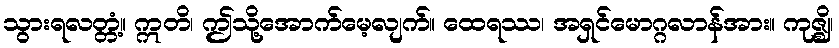
သွားရလတ္တံ့။ ဣတိ၊ ဤသို့အောက်မေ့လျက်။ ထေရဿ၊ အရှင်မောဂ္ဂလာန်အား။ ကုဇ္ဈိ၊